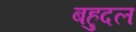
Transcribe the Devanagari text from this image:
बहुदल